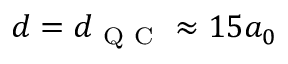
d = d _ { \mathrm { ~ Q ~ C ~ } } \approx 1 5 a _ { 0 }